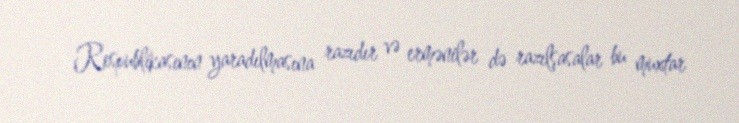
Respublikasının yaradılmasına razıdır və ermənilər də razılşasalar bu muxtar